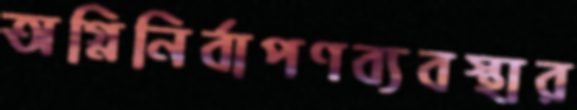
অগ্নিনির্বাপণব্যবস্থার